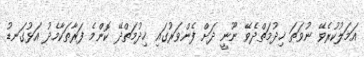
އަމަލުކުރެވޭ ނުވަތަ ޚިދުމަތްދެވޭ ނޫނީ ދަށް ފެންވަރުގައި ޚިދުމަތްދޭ ކޮންމެ ފަރާތަކާމެދު އަޅުގަނޑު